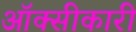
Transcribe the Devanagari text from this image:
ऑक्सीकारी